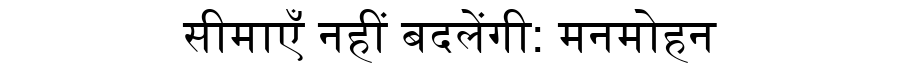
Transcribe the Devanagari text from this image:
सीमाएँ नहीं बदलेंगी: मनमोहन